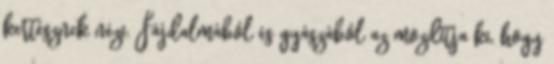
kertésznek nézi. Fájdalmából és gyászából az mozdítja ki, hogy